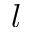
l